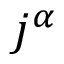
j ^ { \alpha }